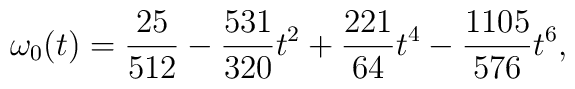
\omega_{0}(t)={25\over 512}-{531\over 320}t^{2}+{221 \over 64}t^{4}-{1105 \over 576}t^{6},